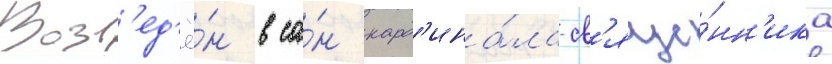
Возв'ед'ё́н в са́н кард'ина́ла-св'яще́нн'ика